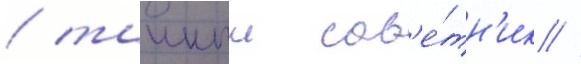
/ таиныи сов'е́тн'ик //